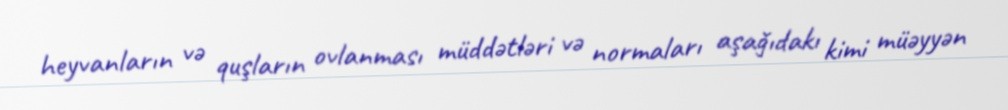
heyvanların və quşların ovlanması müddətləri və normaları aşağıdakı kimi müəyyən